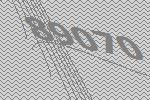
89070